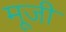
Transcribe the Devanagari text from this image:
मूजी